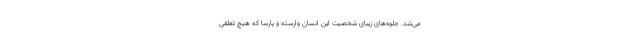
می‌شد. جلوه‌های زیبای شخصیت این انسان وارسته و پارسا که هیچ تعلقی